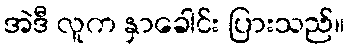
အဲဒီ လူက နှာခေါင်း ပြားသည်။